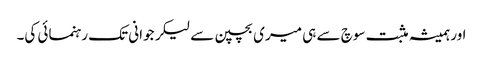
اور ہمیشہ مثبت سوچ سے ہی میری بچپن سے لیکر جوانی تک رہنمائی کی۔